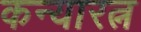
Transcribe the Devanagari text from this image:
कन्यारत्न